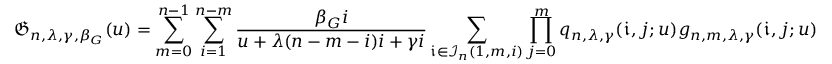
\mathfrak { G } _ { n , \lambda , \gamma , \beta _ { G } } ( u ) = \sum _ { m = 0 } ^ { n - 1 } \sum _ { i = 1 } ^ { n - m } \frac { \beta _ { G } i } { u + \lambda ( n - m - i ) i + \gamma i } \sum _ { \mathfrak { i } \in \mathcal { I } _ { n } ( 1 , m , i ) } \prod _ { j = 0 } ^ { m } q _ { n , \lambda , \gamma } ( \mathfrak { i } , j ; u ) g _ { n , m , \lambda , \gamma } ( \mathfrak { i } , j ; u )